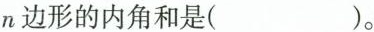
n边形的内角和是( )。